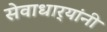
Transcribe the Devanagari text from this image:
सेवाधार्‍यांनी